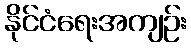
နိုင်ငံရေးအကျဉ်း